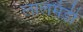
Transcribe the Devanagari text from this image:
लालमंडी